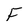
Character: F